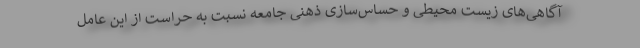
آگاهی‌های زیست محیطی و حساس‌سازی ذهنی جامعه نسبت به حراست از این عامل